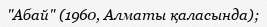
"Абай" (1960, Алматы қаласында);